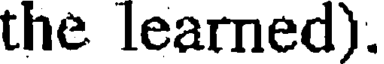
the learned).